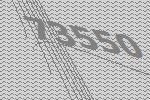
73550